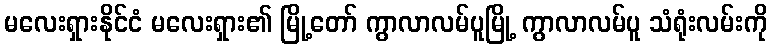
မလေးရှားနိုင်ငံ မလေးရှား၏ မြို့တော် ကွာလာလမ်ပူမြို့ ကွာလာလမ်ပူ သံရုံးလမ်းကို